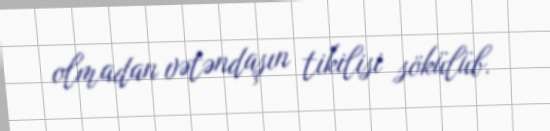
olmadan vətəndaşın tikilisi sökülüb.